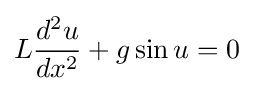
L{\frac {d^{2}u}{dx^{2}}}+g\sin u=0